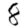
Digit: 8